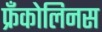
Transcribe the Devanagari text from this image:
फ्रँकोलिनस